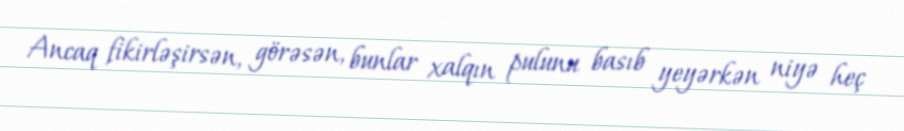
Ancaq fikirləşirsən, görəsən, bunlar xalqın pulunu basıb yeyərkən niyə heç